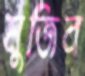
মুজিব